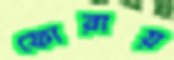
ফোরায়